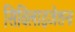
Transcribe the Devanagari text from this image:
सिविलाइजेशन।